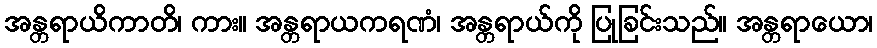
အန္တရာယိကာတိ၊ ကား။ အန္တရာယကရဏံ၊ အန္တရာယ်ကို ပြုခြင်းသည်။ အန္တရာယော၊